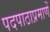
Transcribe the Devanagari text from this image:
पदपाठाप्रमाणें